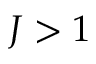
J > 1